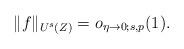
LaTeX: \begin{align*} \|f\|_{U^s(Z)}= o_{\eta\to 0;s,p}(1).\end{align*}